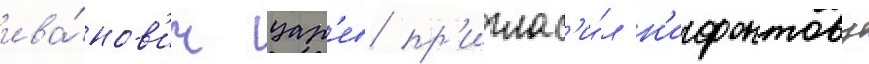
ива́нов'ич цар'ев пр'иглас'и́л н'ифонтову